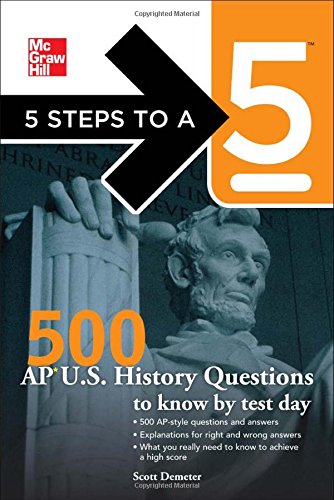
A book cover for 5 Steps to a 5 500 AP U.S. History Questions to Know by Test Day; Scott Demeter; History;